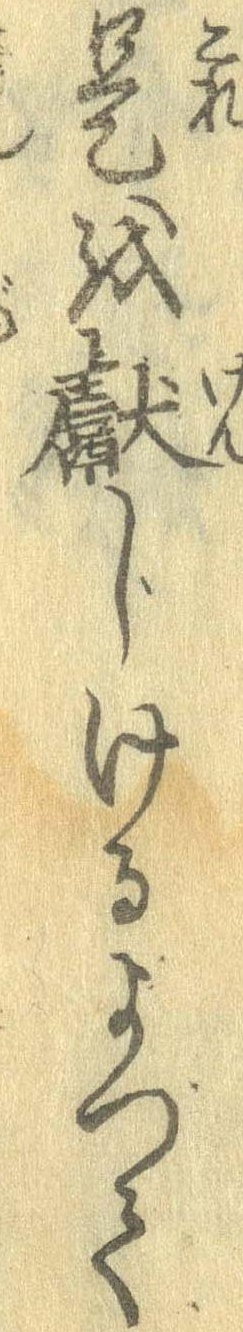
是を献じけるよって